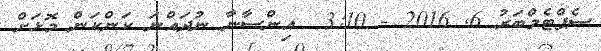
ސެޕްޓެމްބަރު 6